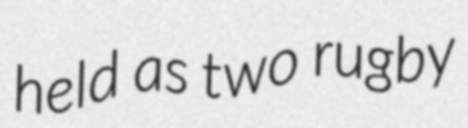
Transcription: held as two rugby